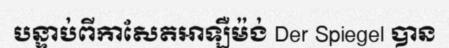
បន្ទាប់ពីកាសែតអាឡឺម៉ង់ Der Spiegel បាន